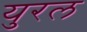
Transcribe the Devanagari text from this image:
युरल